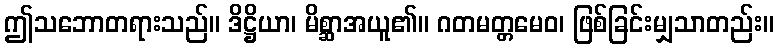
ဤသဘောတရားသည်။ ဒိဋ္ဌိယာ၊ မိစ္ဆာအယူ၏။ ဂတမတ္တမေဝ၊ ဖြစ်ခြင်းမျှသာတည်း။